Vaccination North-Western Provinces 1866-1877 - 1866-1877
Year: 1866
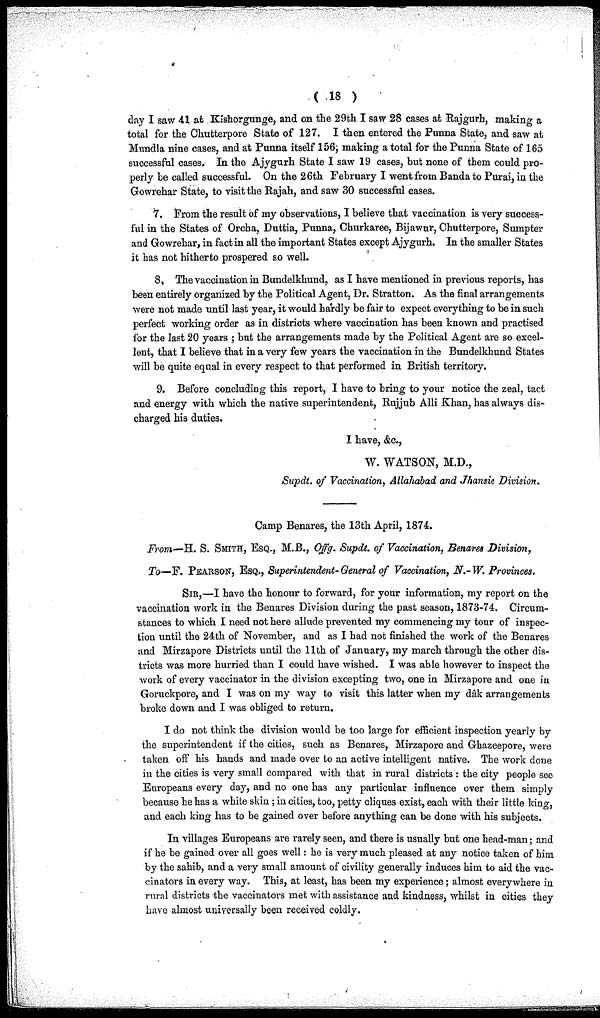
( 18 )
day I saw 41 at Kishorgunge, and on the 29th I saw 28 cases at Rajgurh, making a
total for the Chutterpore State of 127. I then entered the Punna State, and saw at
Mundla nine cases, and at Punna itself 156; making a total for the Punna State of 165
successful cases. In the Ajygurh State I saw 19 cases, but none of them could pro-
perly be called successful. On the 26th February I went from Banda to Purai, in the
Gowrehar State, to visit the Rajah, and saw 30 successful cases.
7. From the result of my observations, I believe that vaccination is very success-
ful in the States of Orcha, Duttia, Punna, Churkaree, Bijawur, Chutterpore, Sumpter
and Gowrehar, in fact in all the important States except Ajygurh. In the smaller States
it has not hitherto prospered so well.
8. The vaccination in Bundelkhund, as I have mentioned in previous reports, has
been entirely organized by the Political Agent, Dr. Stratton. As the final arrangements
were not made until last year, it would hardly be fair to expect everything to be in such
perfect working order as in districts where vaccination has been known and practised
for the last 20 years ; but the arrangements made by the Political Agent are so excel-
lent, that I believe that in a very few years the vaccination in the Bundelkhund States
will be quite equal in every respect to that performed in British territory.
9. Before concluding this report, I have to bring to your notice the zeal, tact
and energy with which the native superintendent, Rujjub Alli Khan, has always dis-
charged his duties.
I have, &c.,
W. WATSON, M.D.,
Supdt. of Vaccination, Allahabad and Jhansie Division.
Camp Benares, the 13th April, 1874.
From—H. S. SMITH, ESQ., M.B., Offg. Supdt. of Vaccination, Benares Division,
To—F. PEARSON, ESQ., Superintendent-General of Vaccination, N.-W. Provinces.
SIR,—I have the honour to forward, for your information, my report on the
vaccination work in the Benares Division during the past season, 1873-74. Circum-
stances to which I need not here allude prevented my commencing my tour of inspec-
tion until the 24th of November, and as I had not finished the work of the Benares
and Mirzapore Districts until the 11th of January, my march through the other dis-
tricts was more hurried than I could have wished. I was able however to inspect the
work of every vaccinator in the division excepting two, one in Mirzapore and one in
Goruckpore, and I was on my way to visit this latter when my dâk arrangements
broke down and I was obliged to return.
I do not think the division would be too large for efficient inspection yearly by
the superintendent if the cities, such as Benares, Mirzapore and Ghazeepore, were
taken off his hands and made over to an active intelligent native. The work done
in the cities is very small compared with that in rural districts : the city people see
Europeans every day, and no one has any particular influence over them simply
because he has a white skin; in cities, too, petty cliques exist, each with their little king,
and each king has to be gained over before anything can be done with his subjects.
In villages Europeans are rarely seen, and there is usually but one head-man; and
if he be gained over all goes well: he is very much pleased at any notice taken of him
by the sahib, and a very small amount of civility generally induces him to aid the vac-
cinators in every way. This, at least, has been my experience; almost everywhere in
rural districts the vaccinators met with assistance and kindness, whilst in cities they
have almost universally been received coldly.